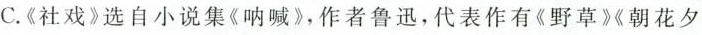
C.《社戏》选自小说集《呐喊》，作者鲁迅，代表作有《野草》《朝花